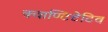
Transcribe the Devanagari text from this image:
क्वाण्टिटेटिव